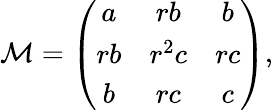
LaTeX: {\cal M}=\left(\begin{array}{ccc}{{a}}&{{rb}}&{{b}}\\ {{rb}}&{{r^{2}c}}&{{rc}}\\ {{b}}&{{rc}}&{{c}}\end{array}\right),